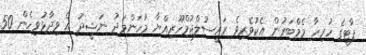
ޕާޓީގެ ހުރިހާ މެމްބަރުން އެކުވެރިވެ ރައީސުލްޖުމްހޫރިއްޔާ މުހަންމަދު ނަޝީދު އެ ވިދާޅުވިހެން 50